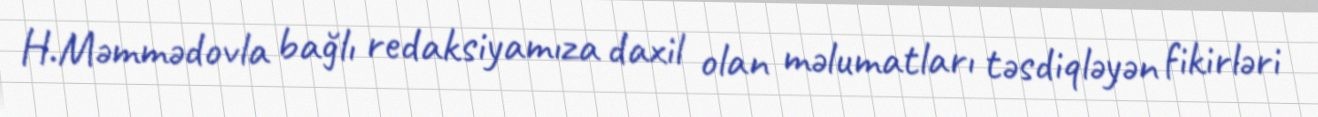
H.Məmmədovla bağlı redaksiyamıza daxil olan məlumatları təsdiqləyən fikirləri